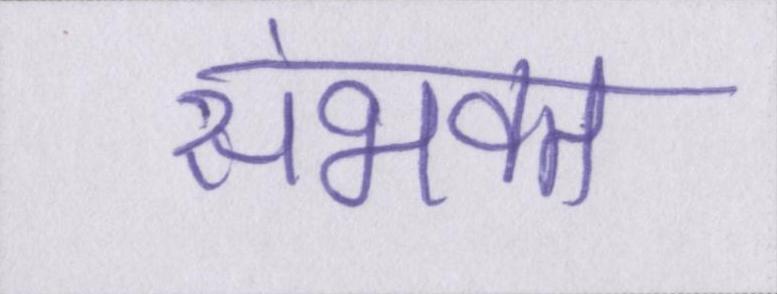
संभवत